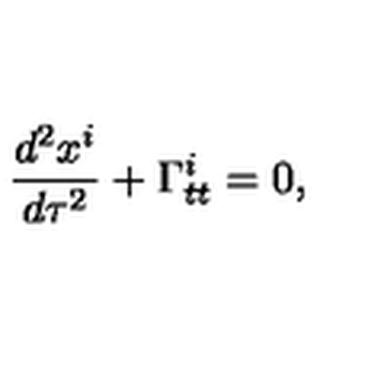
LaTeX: \frac { d ^ { 2 } x ^ { i } } { d \tau ^ { 2 } } + \Gamma _ { t t } ^ { i } = 0 ,